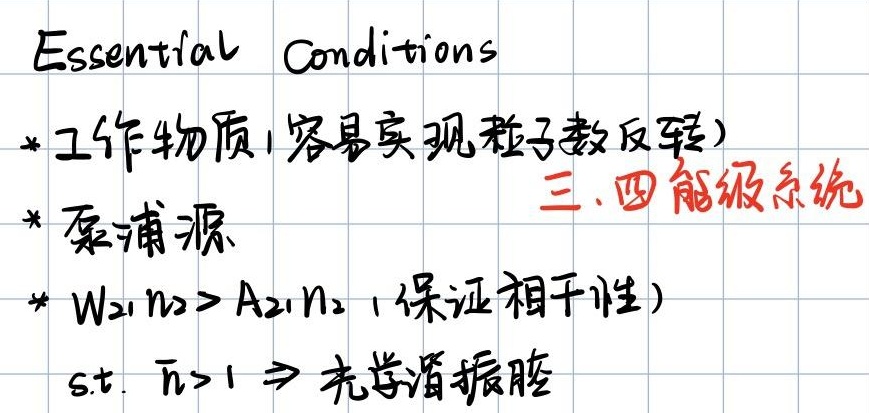
Essential Conditions
* 工作物质(容易实现粒子数反转)
* 泵浦源
* \(W_{21}n_2 > A_{21}n_2\) (保证相干性)
* s.t. \(\bar{n}>1 \Rightarrow\) 光学谐振腔
三、四能级系统